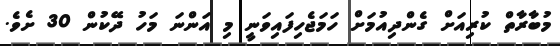
މުބާރާތް ކުރިއަށް ގެންދިއުމަށް ހަމަޖެހިފައިވަނީ މި އަންނަ މަހު ދޭކުން 30 ށެވެ.